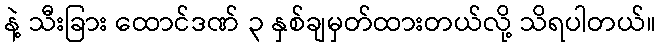
နဲ့ သီးခြား ထောင်ဒဏ် ၃ နှစ်ချမှတ်ထားတယ်လို့ သိရပါတယ်။